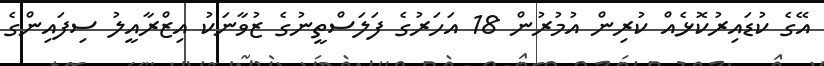
އޭގެ ކުޑައިރުކޮޅެއް ކުރިން އުމުރުން 18 އަހަރުގެ ފަލަސްތީނުގެ ޒުވާނަކު އިޒްރާއީލު ސިފައިންގެ